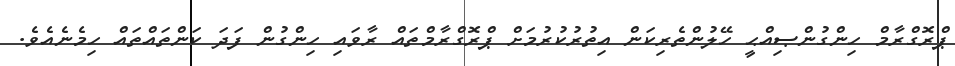
ޕްރޮގްރާމް ހިންގުންޞިއްޙީ ހޭލުންތެރިކަން އިތުރުކުރުމަށް ޕްރޮގްރާމްތައް ރާވައި ހިންގުން ފަދަ ކަންތައްތައް ހިމެނެއެވެ.